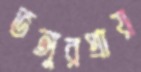
ভঙ্গুরপ্রায়